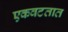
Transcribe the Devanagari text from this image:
एकवटतात